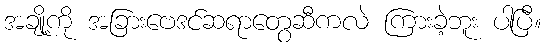
အချို့ကို အခြားဗေဒင်ဆရာတွေဆီကလဲ ကြားခဲ့ဘူး ပါပြီ။